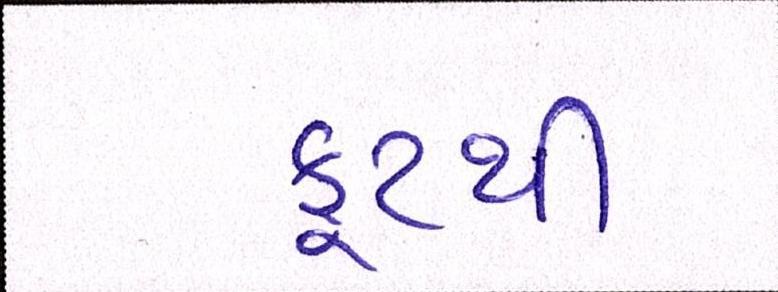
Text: ફૂટથી